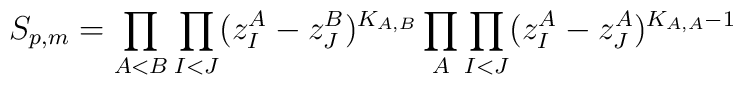
S_{p,m}=\prod_{A<B} \prod_{I<J}(z^A_I-z^B_J)^{K_{A,B}}\prod_A\prod_{I<J}(z^A_I-z^A_J)^{K_{A,A}-1}